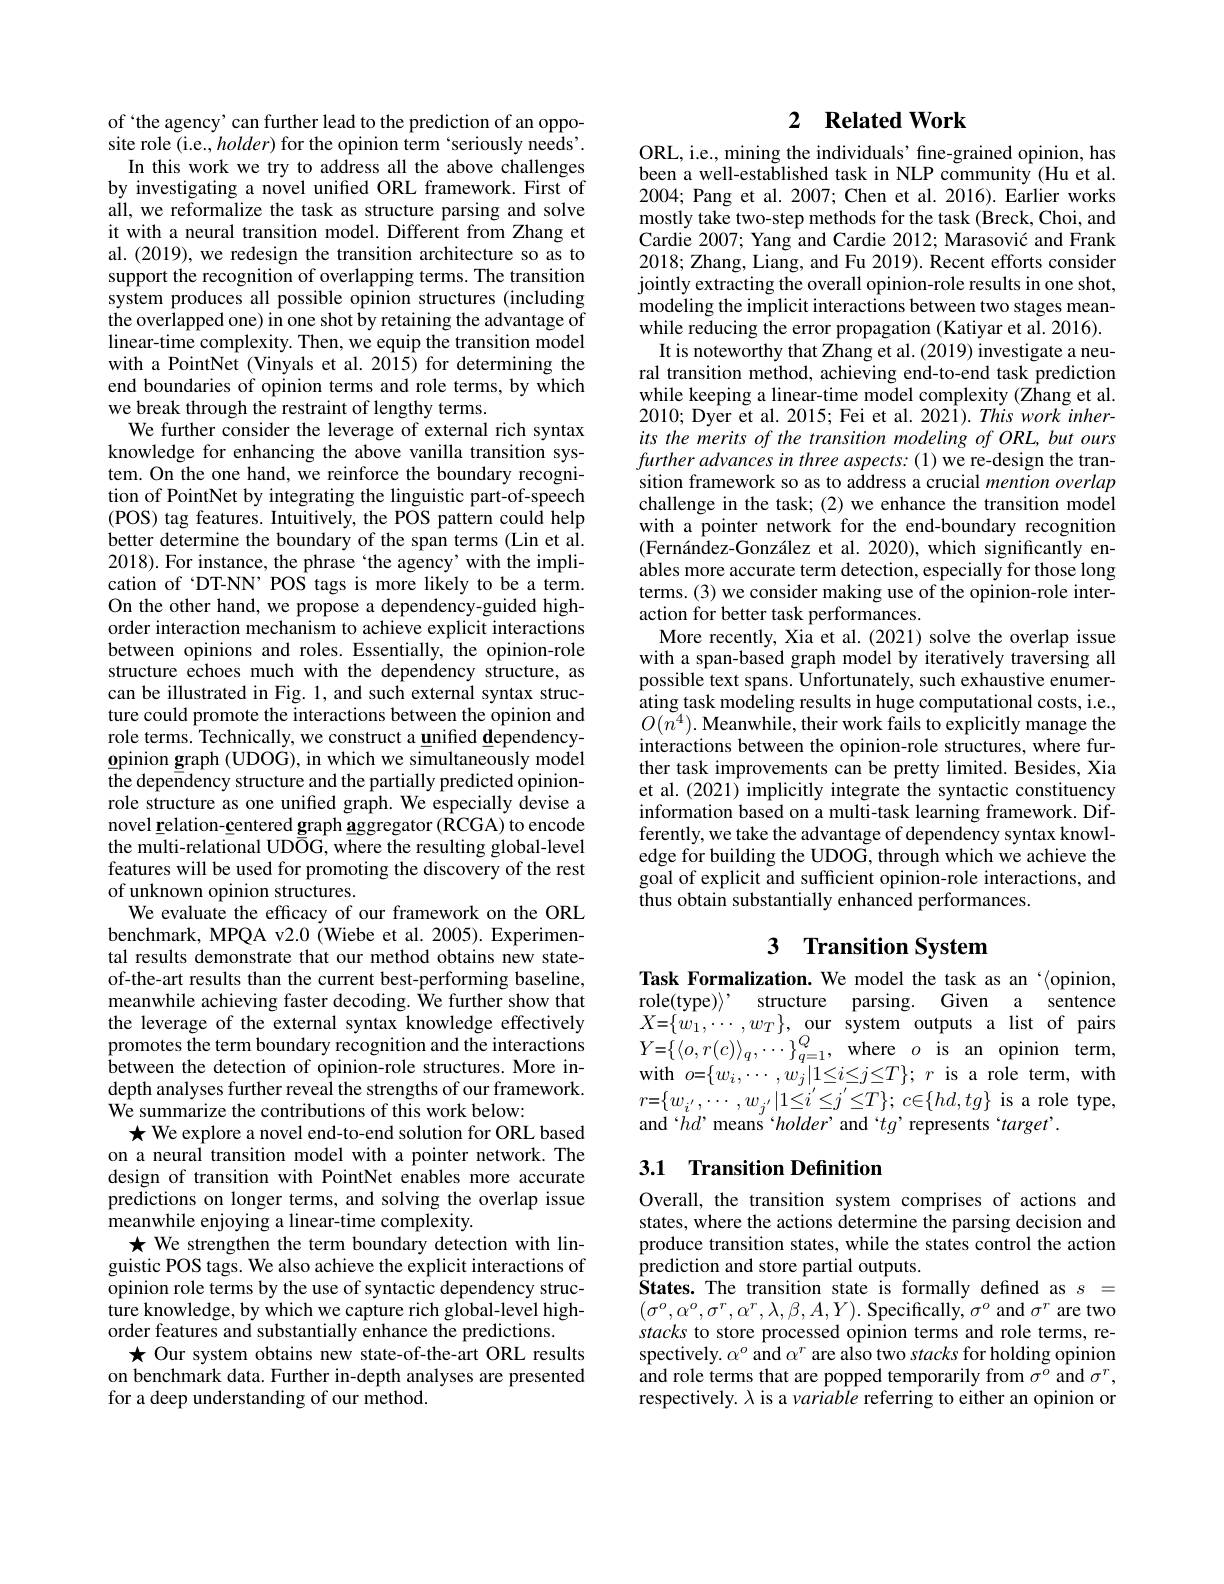
of `the agency' can further lead to the prediction of an opposite role (i.e., holder) for the opinion term ‘seriously needs’
In this work we try to address all the above challenges by investigating a novel unified ORL framework. First of all, we reformalize the task as structure parsing and solve it with a neural transition model. Different from Zhang et al. (2019), we redesign the transition architecture so as to support the recognition of overlapping terms. The transition system produces all possible opinion structures (including the overlapped one) in one shot by retaining the advantage of linear-time complexity. Then, we equip the transition model with a PointNet (Vinyals et al. 2015) for determining the end boundaries of opinion terms and role terms, by which we break through the restraint of lengthy terms.
We further consider the leverage of external rich syntax knowledge for enhancing the above vanilla transition system. On the one hand, we reinforce the boundary recognition of PointNet by integrating the linguistic part-of-speech ( POS) tag features. Intuitively, the POS pattern could help better determine the boundary of the span terms (Lin et al. 2018). For instance, the phrase `the agency' with the implication of 'DT-NN' POS tags is more likely to be a term. On the other hand, we propose a dependency-guided highorder interaction mechanism to achieve explicit interactions between opinions and roles. Essentially, the opinion-role structure echoes much with the dependency structure, as can be illustrated in Fig. 1, and such external syntax structure could promote the interactions between the opinion and role terms. Technically, we construct a unified dependencyopinion graph (UDOG), in which we simultaneously model the dependency structure and the partially predicted opinionrole structure as one unified graph. We especially devise a novel relation-centered graph aggregator (RCGA) to encode the multi-relational UD$\bar{\mathrm{OG,where~the~resulting~global-level}}$ features will be used for promoting the discovery of the rest of unknown opinion structures.
We evaluate the efficacy of our framework on the ORL benchmark, MPQA v2.0 (Wiebe et al. 2005). Experimental results demonstrate that our method obtains new stateof-the-art results than the current best-performing baseline, meanwhile achieving faster decoding. We further show that the leverage of the external syntax knowledge effectively promotes the term boundary recognition and the interactions $\hat{\text{between the detection of opinion-role structures.More in-}}$ depth analyses further reveal the strengths of our framework. We summarize the contributions of this work below:
$\bigstar$ We explore a novel end-to-end solution for ORL based on a neural transition model with a pointer network. The design of transition with PointNet enables more accurate predictions on longer terms, and solving the overlap issue $\tilde{\text{meanwhile enjoying a linear-time complexity.}}$
★ We strengthen the term boundary detection with linguistic POS tags. We also achieve the explicit interactions of opinion role terms by the use of syntactic dependency structure knowledge, by which we capture rich global-level highorder features and substantially enhance the predictions.
★ Our system obtains new state-of-the-art ORL results on benchmark data. Further in-depth analyses are presented for a deep understanding of our method.

## 2 $\textbf{Related Work}$

ORL, i.e., mining the individuals' fine-grained opinion, has been a well-established task in NLP community (Hu et al. 2004; Pang et al. 2007; Chen et al. 2016). Earlier works mostly take two-step methods for the task (Breck, Choi, and Cardie 2007; Yang and Cardie 2012; Marasović and Frank 2018; Zhang, Liang, and Fu 2019). Recent efforts consider jointly extracting the overall opinion-role results in one shot, modeling the implicit interactions between two stages meanwhile reducing the error propagation (Katiyar et al. 2016).
It is noteworthy that Zhang et al. (2019) investigate a neural transition method, achieving end-to-end task prediction while keeping a linear-time model complexity (Zhang et al. 2010; Dyer et al. 2015; Fei et al. 2021$) . Thisworkinher-$ its the merits of the transition modeling of ORL, but ours further advances in three aspects: (1) we re-design the transition framework so as to address a crucial mention overlap challenge in the task; (2) we enhance the transition model with a pointer network for the end-boundary recognition (Fernández-González et al. 2020), which significantly enables more accurate term detection, especially for those long terms. (3) we consider making use of the opinion-role interaction for better task performances.
More recently, Xia et al. (2021) solve the overlap issue with a span-based graph model by iteratively traversing all possible text spans. Unfortunately, such exhaustive enumerating task modeling results in huge computational costs, i.e., $O(\bar{n^{4}}).$ Meanwhile, their work fails to explicitly manage the interactions between the opinion-role structures, where further task improvements can be pretty limited. Besides, Xia et al. (2021) implicitly integrate the syntactic constituency information based on a multi-task learning framework. Differently, we take the advantage of dependency syntax knowledge for building the UDOG, through which we achieve the goal of explicit and sufficient opinion-role interactions, and thus obtain substantially enhanced performances.

# 3 Transition System

Task Formalization. We model the task as an‘\langle opinion, role(type))’ structure parsing. Given a sentence $X{= }\{ w_{1}, \cdots , w_{T}\} $,our system outputs a list of pairs $Y{= }\{ \langle o, r( c) \rangle _{q}, \cdots \} _{q= 1}^{Q}$, where $o$ is opinion term, with$o=\{w_{i},\cdots,w_{j}|1\leq i\leq j\leq T\};r$isaroleterm,with $r{=}\{w_{i^{\prime}},\cdots,w_{j^{\prime}}|1{\leq}i^{\prime}{\leq}j^{\prime}{\leq}T\};c{\in}\{hd,tg\}$ is a role type, and‘hd’ means‘holder’ and‘tg’ represents‘target’.

## 3.1 Transition Definition

Overall, the transition system comprises of actions and states, where the actions determine the parsing decision and produce transition states, while the states control the action prediction and store partial outputs.
$\hat{\mathbf{S}}$tates.The transition state is formally defined as $s=$ $(\sigma^{o},\alpha^{o},\sigma^{r},\alpha^{r},\lambda,\beta,A,Y).$ Specifically, $\sigma^o$ and $\sigma^r$ are two stacks to store processed opinion terms and role terms, respectively. $\alpha^o$ and $\alpha^r$ are also two stacks for holding opinion and role terms that are popped temporarily from $\sigma^o$ and $\sigma^r$, respectively. $\lambda$ is a variable referring to either an opinion or